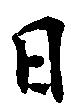
日